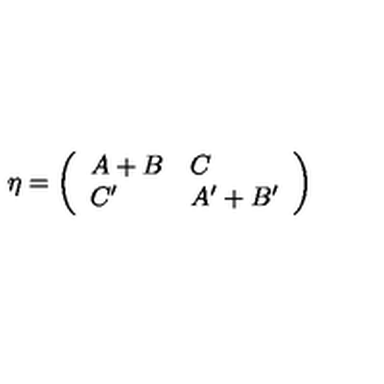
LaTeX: \eta = \left( \begin{array} { l l } { A + B } & { C } \\ { C ^ { \prime } } & { A ^ { \prime } + B ^ { \prime } } \\ \end{array} \right)